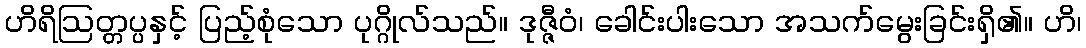
ဟိရိဩတ္တပ္ပနှင့် ပြည့်စုံသော ပုဂ္ဂိုလ်သည်။ ဒုဇ္ဇီဝံ၊ ခေါင်းပါးသော အသက်မွေးခြင်းရှိ၏။ ဟိ၊